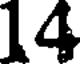
14